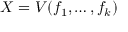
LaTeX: X = V ( f _ { 1 } , \dots , f _ { k } )